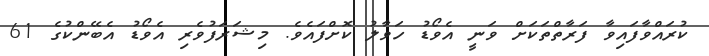
ކުރައްވާފައިވާ ފަރާތްތަކަށް ވަނީ އެވޯޑު ހަވާލު ކޮށްފައެވެ. މިޝަރަފުވެރި އެވޯޑު އެބޭންކުގެ 61